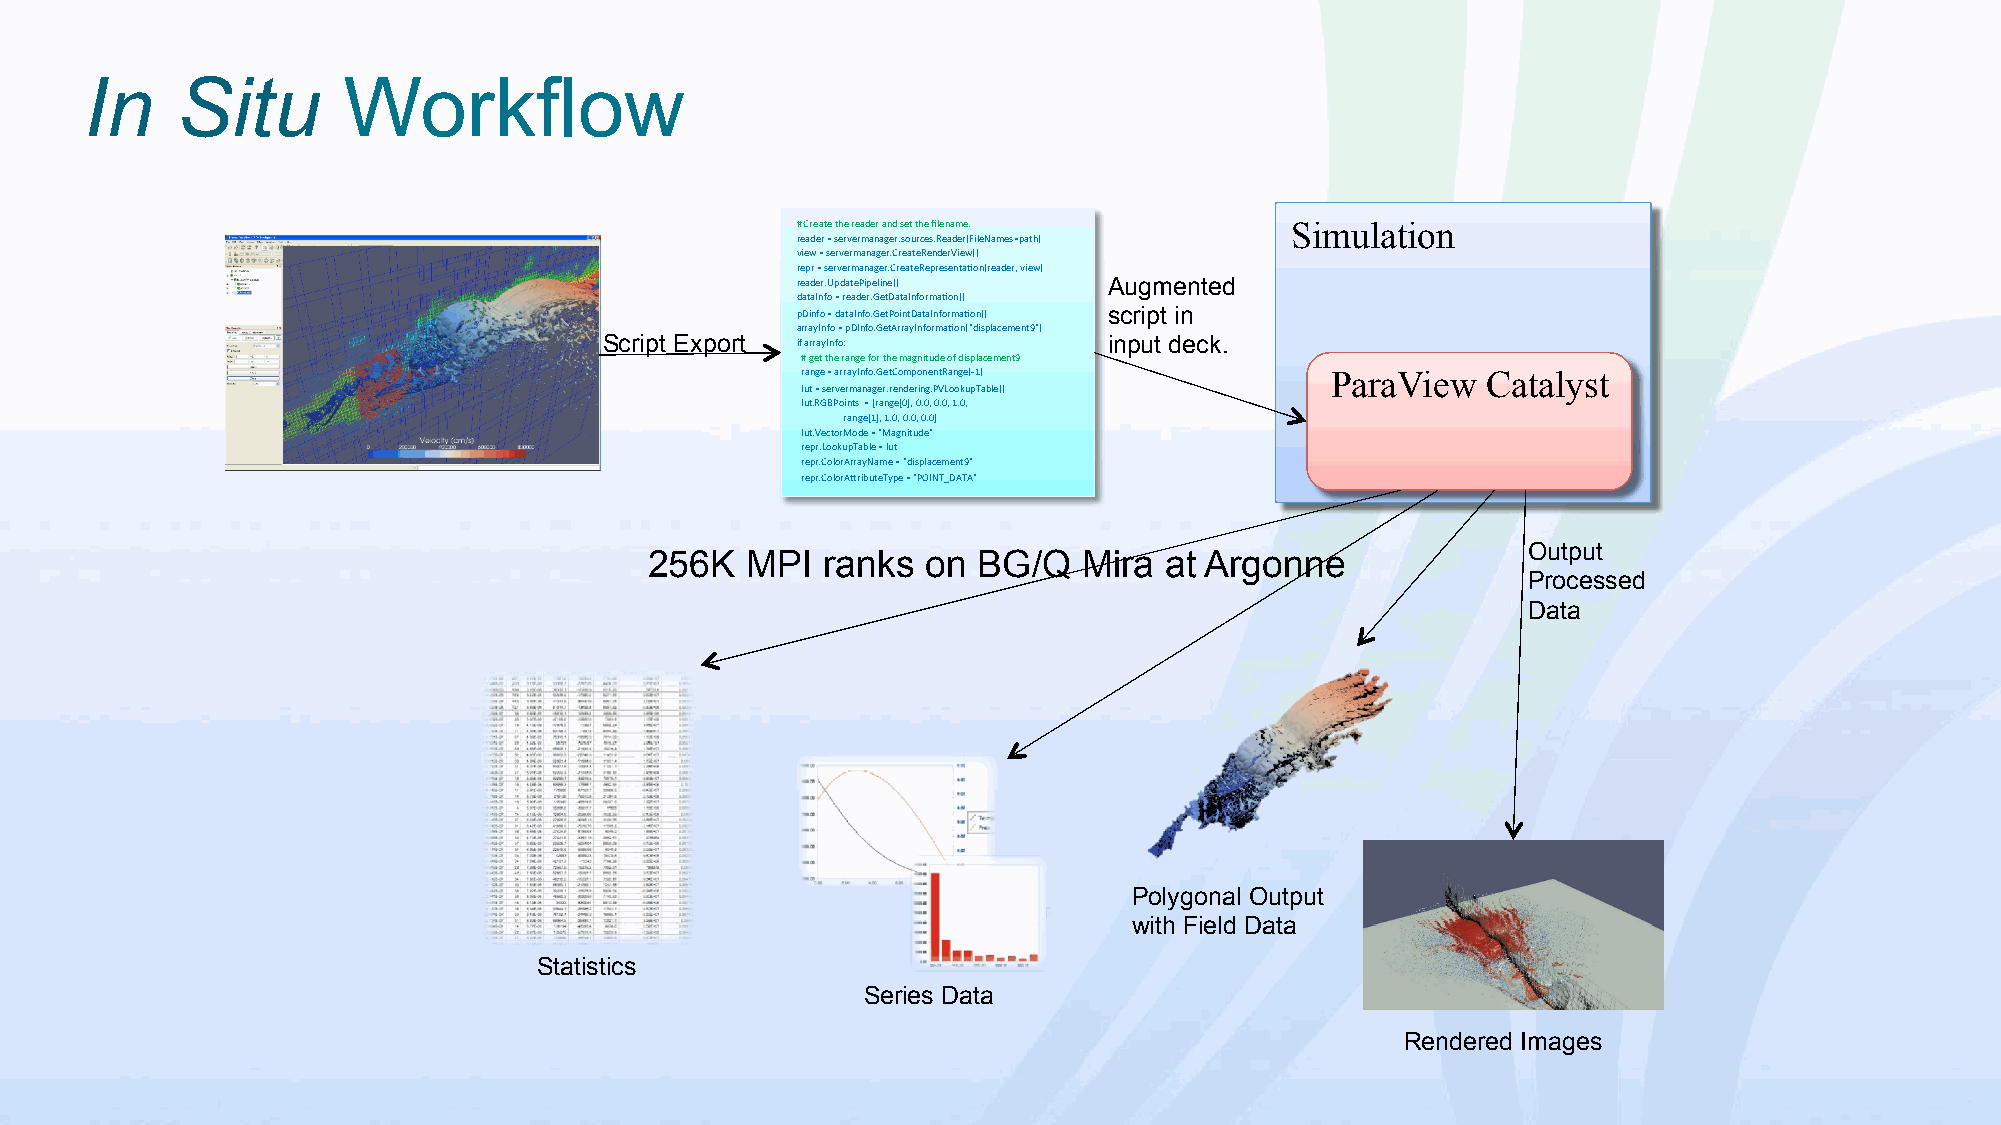
In    Situ       Workflow
 # Create the reader and set the filename. Simulation
 reader = servermanager.sources.Reader(FileNames=path)
 view = servermanager.CreateRenderView()
 repr = servermanager.CreateRepresentaSon(reader, view)
 reader.UpdatePipeline() Augmented
 dataInfo = reader.GetDataInformaSon()
 pDinfo = dataInfo.GetPointDataInformaSon() script in
 arrayInfo = pDInfo.GetArrayInformaSon("displacement9")
 Script Export if arrayInfo:      input deck.
 # get the range for the magnitude of displacement9
 range = arrayInfo.GetComponentRange(-1) ParaView Catalyst
 lut = servermanager.rendering.PVLookupTable()
 lut.RGBPoints = [range[0], 0.0, 0.0, 1.0,
 range[1], 1.0, 0.0, 0.0]
 lut.VectorMode = "Magnitude"
 repr.LookupTable = lut
 repr.ColorArrayName = "displacement9"
 repr.ColorANributeType = "POINT_DATA"
 Output
 256K  MPI  ranks  on  BG/Q   Mira at Argonne
 Processed
 Data
 Polygonal Output
 with Field Data
 Statistics
 Series Data
 Rendered Images